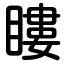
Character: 瞜